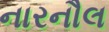
નારનૌલ